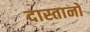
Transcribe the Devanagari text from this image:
दास्तानों